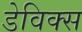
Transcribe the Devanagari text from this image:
डेविक्स